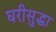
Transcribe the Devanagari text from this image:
घरीसुद्धा